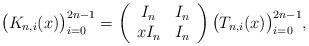
LaTeX: \begin{align*} \big(K_{n,i}(x)\big)_{i=0}^{2n-1} & = \left(\begin{array}{cc} I_n & I_n \\ xI_n & I_n\end{array}\right)\big(T_{n,i}(x)\big)_{i=0}^{2n-1},\end{align*}